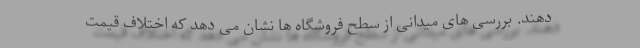
دهند. بررسی های میدانی از سطح فروشگاه ها نشان می دهد که اختلاف قیمت